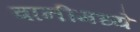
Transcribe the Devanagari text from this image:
बानीमध्ये